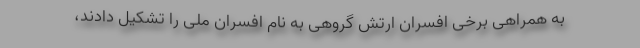
به همراهی برخی افسران ارتش گروهی به نام افسران ملی را تشکیل دادند،